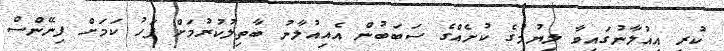
ކުރި އިއުލާނުގައިވާ ލިޔުމުގެ ކުށެއްގެ ސަބަބުން އެއިއުލާނު ބާތިލުކުރުމަށް ފަހު ކަމަށް ފިނޭންސް